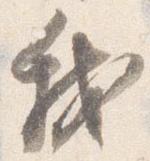
我